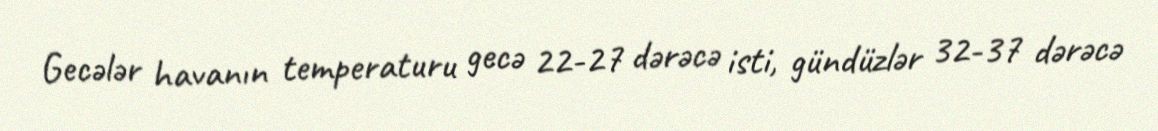
Gecələr havanın temperaturu gecə 22-27 dərəcə isti, gündüzlər 32-37 dərəcə